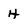
Character: H